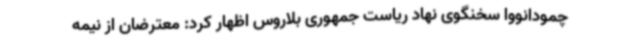
چمودانووا سخنگوی نهاد ریاست جمهوری بلاروس اظهار کرد: معترضان از نیمه